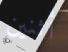
أثنين